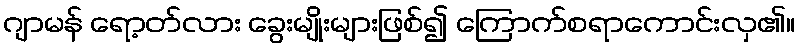
ဂျာမန် ရော့တ်လား ခွေးမျိုးများဖြစ်၍ ကြောက်စရာကောင်းလှ၏။